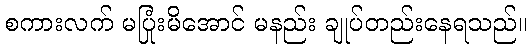
စကားလက် မပြုံးမိအောင် မနည်း ချုပ်တည်းနေရသည်။